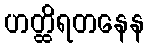
ဟတ္ထိရတနေန